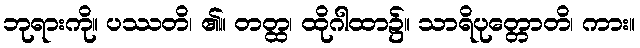
ဘုရားကို။ ပဿတိ၊ ၏။ တတ္ထ၊ ထိုဂါထာ၌။ သာရိပုတ္တောတိ၊ ကား။